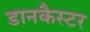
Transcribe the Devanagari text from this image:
डानकैस्टर